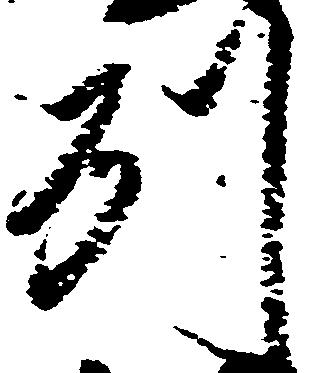
州